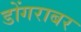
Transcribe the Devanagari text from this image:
डोंगराबर